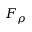
F _ { \rho }